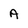
Character: A